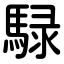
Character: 騄